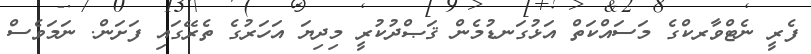
ފެރީ ނެޓްވާރކްގެ މަސައްކަތް އަޅުގަނޑުމެން ޤަޞްދުކުރީ މިދިޔަ އަހަރުގެ ތެރޭގައި ފަށަން. ނަމަވެސް